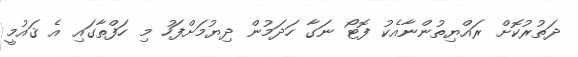
ދަތުރުކޮށް ރައްޔިތުންނާއެކު ފޮޓޯ ނަގާ ހަދަމުން ދިޔުމަށްފަހު މި ހަފްތާގައި އެ ޤައުމީ